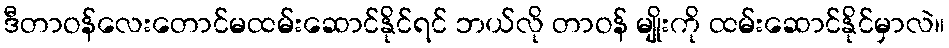
ဒီတာဝန်လေးတောင်မထမ်းဆောင်နိုင်ရင် ဘယ်လို တာဝန် မျိုးကို ထမ်းဆောင်နိုင်မှာလဲ။